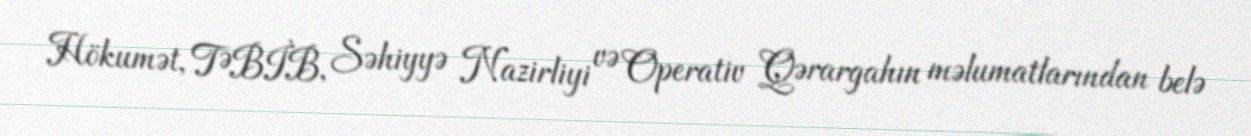
Hökumət, TƏBİB, Səhiyyə Nazirliyi və Operativ Qərargahın məlumatlarından belə